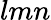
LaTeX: lmn